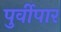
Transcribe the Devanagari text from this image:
पुर्वीपार